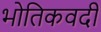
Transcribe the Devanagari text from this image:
भोतिकवदी